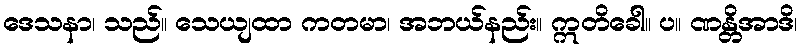
ဒေသနာ၊ သည်။ သေယျထာ ကတမာ၊ အဘယ်နည်း။ ဣတိခေါ။ ပ။ ဏန္တိအာဒိ၊